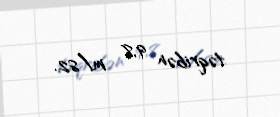
təqribən 9,8 m/s2.